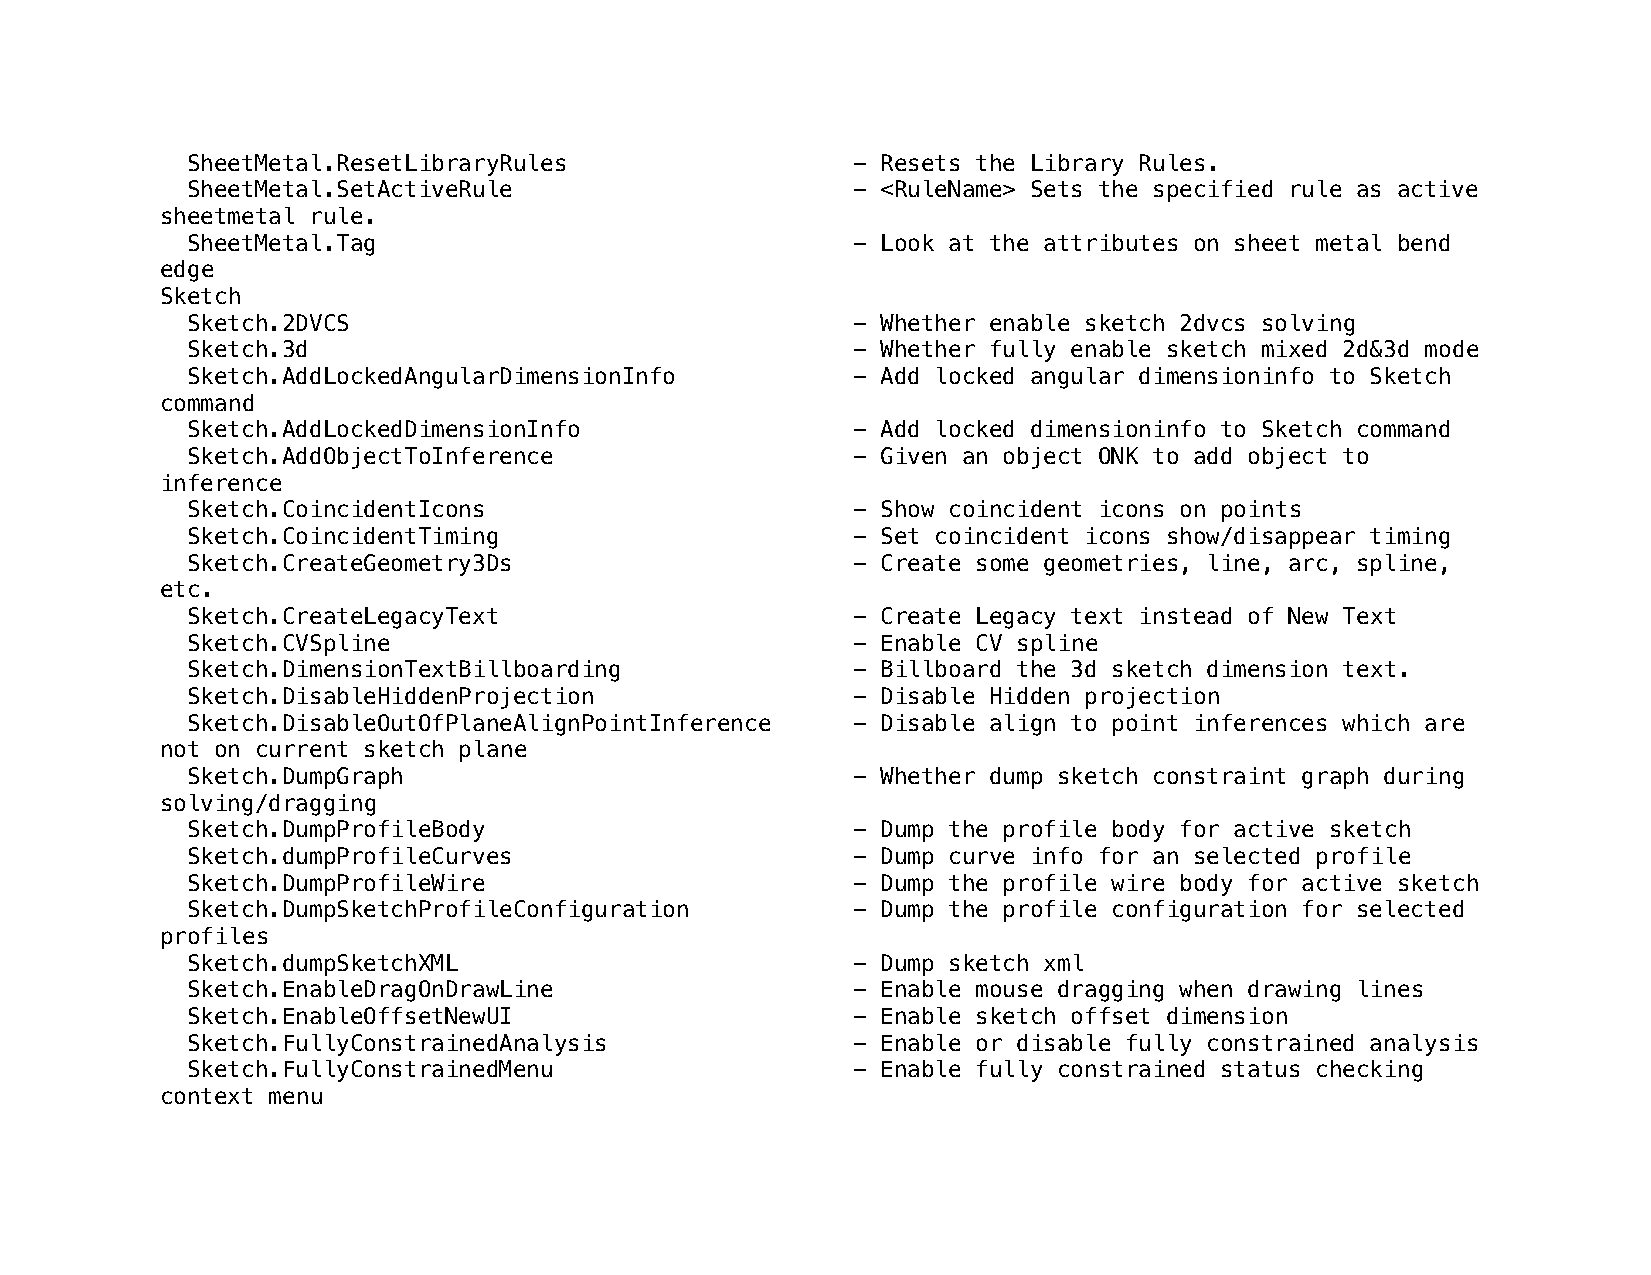
SheetMetal.ResetLibraryRules                - Resets the Library Rules.
 SheetMetal.SetActiveRule                    - <RuleName> Sets the specified rule as active
 sheetmetal rule.
 SheetMetal.Tag                              - Look at the attributes on sheet metal bend
 edge
 Sketch
 Sketch.2DVCS                                - Whether enable sketch 2dvcs solving
 Sketch.3d                                   - Whether fully enable sketch mixed 2d&3d mode
 Sketch.AddLockedAngularDimensionInfo        - Add locked angular dimensioninfo to Sketch
 command
 Sketch.AddLockedDimensionInfo               - Add locked dimensioninfo to Sketch command
 Sketch.AddObjectToInference                 - Given an object ONK to add object to
 inference
 Sketch.CoincidentIcons                      - Show coincident icons on points
 Sketch.CoincidentTiming                     - Set coincident icons show/disappear timing
 Sketch.CreateGeometry3Ds                    - Create some geometries, line, arc, spline,
 etc.
 Sketch.CreateLegacyText                     - Create Legacy text instead of New Text
 Sketch.CVSpline                             - Enable CV spline
 Sketch.DimensionTextBillboarding            - Billboard the 3d sketch dimension text.
 Sketch.DisableHiddenProjection              - Disable Hidden projection
 Sketch.DisableOutOfPlaneAlignPointInference - Disable align to point inferences which are
 not on current sketch plane
 Sketch.DumpGraph                            - Whether dump sketch constraint graph during
 solving/dragging
 Sketch.DumpProfileBody                      - Dump the profile body for active sketch
 Sketch.dumpProfileCurves                    - Dump curve info for an selected profile
 Sketch.DumpProfileWire                      - Dump the profile wire body for active sketch
 Sketch.DumpSketchProfileConfiguration       - Dump the profile configuration for selected
 profiles
 Sketch.dumpSketchXML                        - Dump sketch xml
 Sketch.EnableDragOnDrawLine                 - Enable mouse dragging when drawing lines
 Sketch.EnableOffsetNewUI                    - Enable sketch offset dimension
 Sketch.FullyConstrainedAnalysis             - Enable or disable fully constrained analysis
 Sketch.FullyConstrainedMenu                 - Enable fully constrained status checking
 context menu